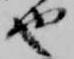
也